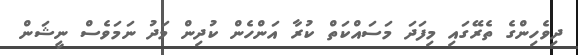
ދިވެހިންގެ ތެރޭގައި މިފަދަ މަސައްކަތް ކުރާ އަންހެން ކުދިން މަދު ނަމަވެސް ނީޝަން